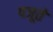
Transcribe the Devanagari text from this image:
पजूते